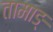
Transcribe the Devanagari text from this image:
तामाङ्‌